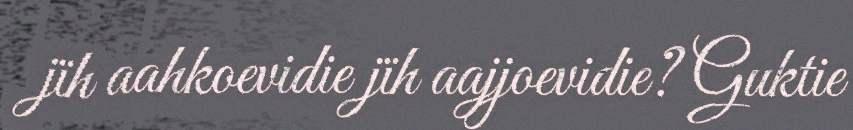
jïh aahkoevidie jïh aajjoevidie? Guktie